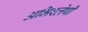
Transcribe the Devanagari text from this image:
अभिश्लेषी